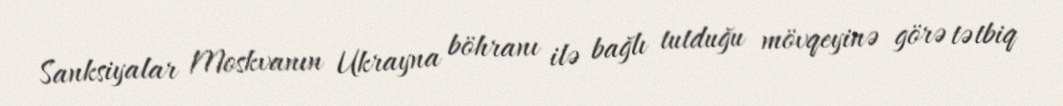
Sanksiyalar Moskvanın Ukrayna böhranı ilə bağlı tutduğu mövqeyinə görə tətbiq